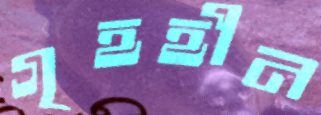
গৃহহীন